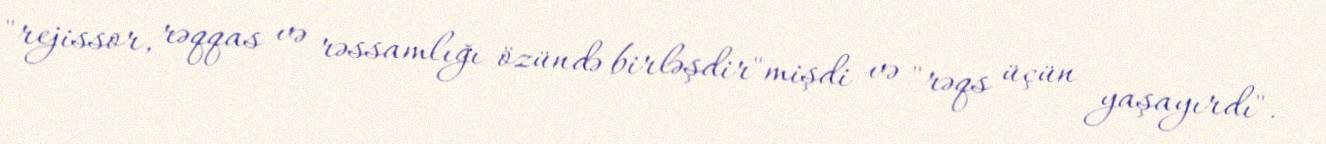
"rejissor, rəqqas və rəssamlığı özündə birləşdir"mişdi və "rəqs üçün yaşayırdı".